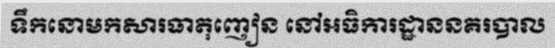
ទឹកនោមកសារធាតុញៀន នៅអធិការដ្ឋាននគរបាល